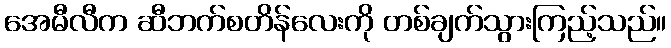
အေမီလီက ဆီဘက်စတိန်လေးကို တစ်ချက်သွားကြည့်သည်။